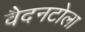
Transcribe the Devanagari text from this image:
वैदनटोला